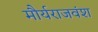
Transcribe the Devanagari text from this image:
मौर्यराजवंश